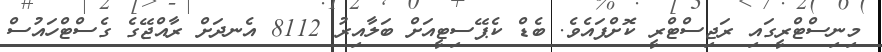
މިނިސްޓްރީގައި ރަޖިސްޓްރީ ކޮށްފައެވެ. ބެޑް ކެޕޭސިޓީއަށް ބަލާއިރު 8112 އެނދަށް ރާއްޖޭގެ ގެސްޓްހައުސް